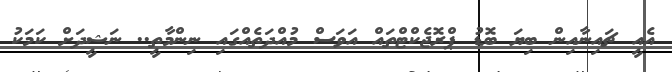
އެއީ ޗައިނާއިން ބިޔަ ބޮޑު ޕްރޮޖެކްޓްތައް އަވަސް މުއްދަތެއްގައި ނިންމާތީ.. ނަޝީދަށް ކަމަކު